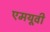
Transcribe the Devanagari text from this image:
एमयूवी